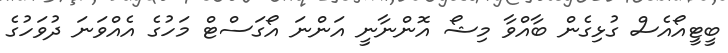
ބީޓީއޯއެސް ގުޅިގެން ބާއްވާ މިޝޯ އޮންނާނީ އަންނަ އޯގަސްޓް މަހުގެ އެއްވަނަ ދުވަހުގެ